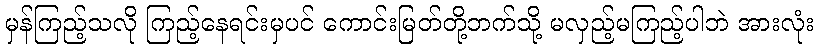
မှန်ကြည့်သလို ကြည့်နေရင်းမှပင် ကောင်းမြတ်တို့ဘက်သို့ မလှည့်မကြည့်ပါဘဲ အားလုံး